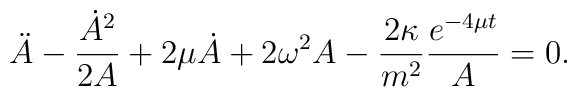
\ddot{A}-\frac{\dot{A}^{2}}{2A}+2\mu \dot{A}+2\omega^{2} A-\frac{2\kappa}{m^{2}}\frac{e^{-4\mu t}}{A}=0.